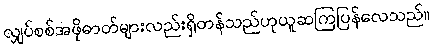
လျှပ်စစ်အဖိုဓာတ်များလည်းရှိတန်သည်ဟုယူဆကြပြန်လေသည်။